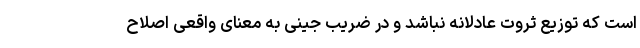
است که توزیع ثروت عادلانه نباشد و در ضریب جینی به معنای واقعی اصلاح